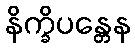
နိက္ခိပန္တေန